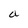
Character: a